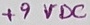
Text: +9VDC